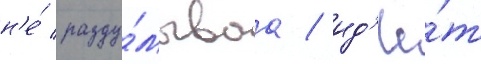
н'е́ разду́мываа / ид'ё́т